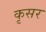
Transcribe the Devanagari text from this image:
कृसर